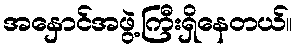
အနှောင်အဖွဲ့ကြီးရှိနေတယ်။